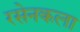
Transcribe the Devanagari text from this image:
रसेनकला